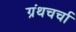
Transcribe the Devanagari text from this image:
ग्रंथचर्चा